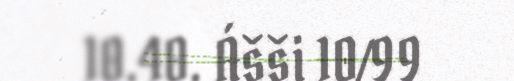
10.40. Ášši 10/99